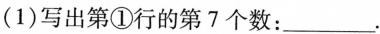
(1)写出第①行的第7个数：___.